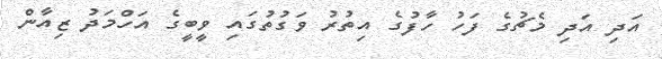
އަދި އަދި މެޗުގެ ފަހު ހާފުގެ އިތުރު ވަގުތުގައި ވީބީގެ އަހްމަދު ޒިއާން